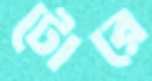
টোরে